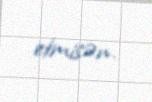
etmisən.